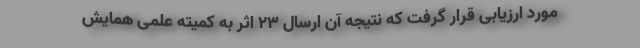
مورد ارزیابی قرار گرفت که نتیجه آن ارسال ۲۳ اثر به کمیته علمی همایش